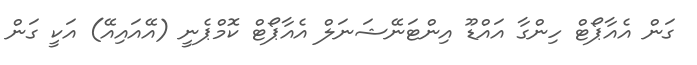
ގަން އެއާޕޯޓް ހިންގާ އައްޑޫ އިންޓަނޭޝަނަލް އެއާޕޯޓް ކޮމްޕެނީ (އޭއައިއޭ) އަކީ ގަން